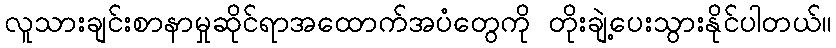
လူသားချင်းစာနာမှုဆိုင်ရာအထောက်အပံတွေကို တိုးချဲ့ပေးသွားနိုင်ပါတယ်။